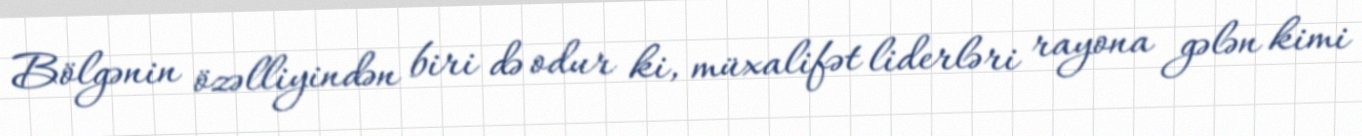
Bölgənin özəlliyindən biri də odur ki, müxalifət liderləri rayona gələn kimi